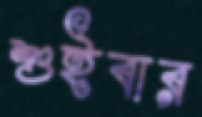
শুইবার